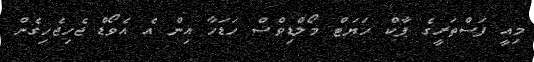
މިއީ ފަސްތަރީގެ ޕާކް ހަޔަޓް މޯލްޑިވްސް ހަޑަހާ އިން އެ އެވޯޑް ޖެހިޖެހިގެން